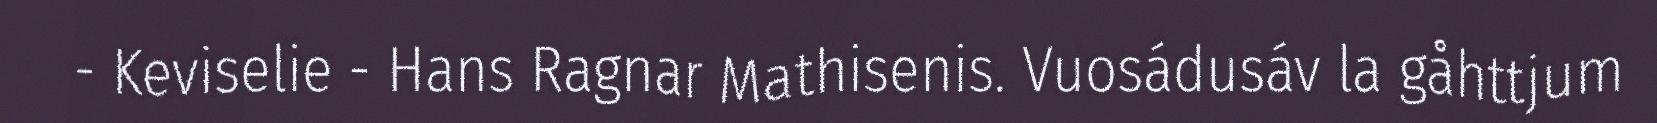
- Keviselie - Hans Ragnar Mathisenis. Vuosádusáv la gåhttjum